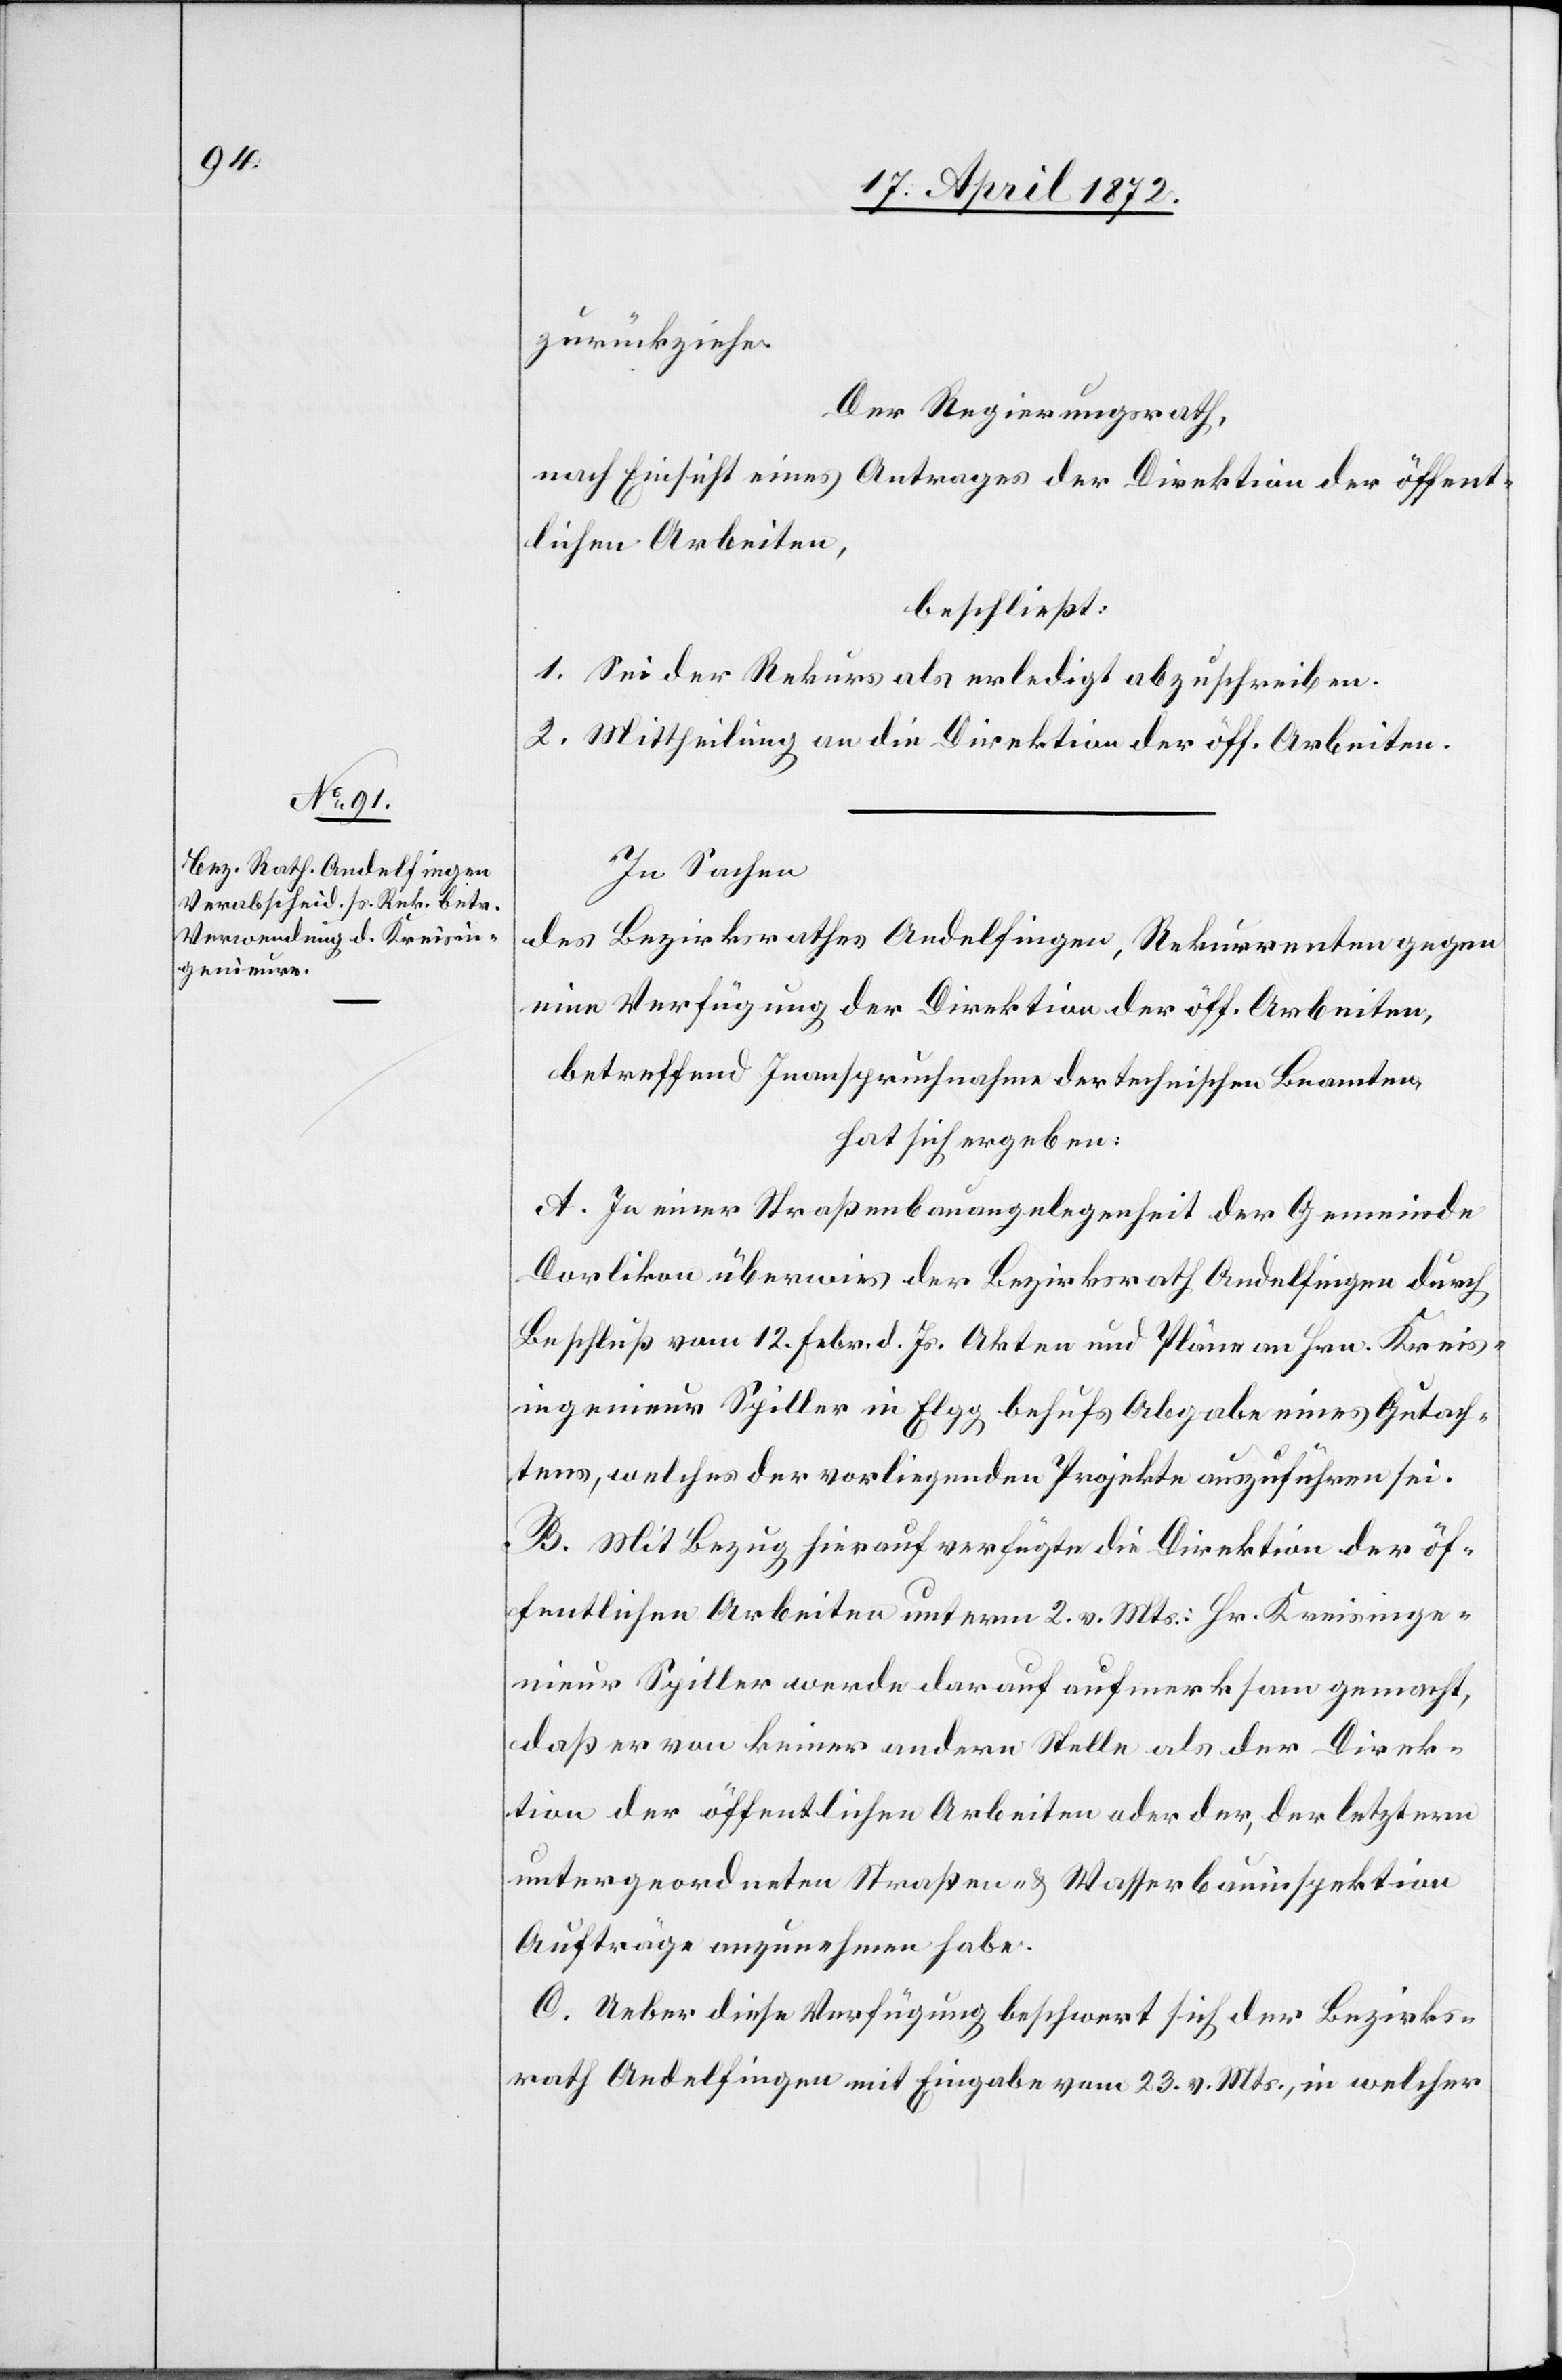
zurückziehe.
Der Regierungsrath,
nach Einsicht eines Antrages der Direktion der öffent¬
lichen Arbeiten,
beschließt:
1. Sei der Rekurs als erledigt abzuschreiben.
2. Mittheilung an die Direktion der öff. Arbeiten.
In Sachen
des Bezirksrathes Andelfingen, Rekurrenten gegen
eine Verfügung der Direktion der öff. Arbeiten,
betreffend Inanspruchnahme der technischen Beamten
hat sich ergeben:
A. In einer Straßenbauangelegenheit der Gemeinde
Dorlikon überwies der Bezirksrath Andelfingen durch
Beschluß vom 12. Febr. d. Js. Akten und Pläne an Hrn. Kreis¬
ingenieur Spiller in Elgg behufs Abgabe eines Gutach¬
tens, welches der vorliegenden Projekte auszuführen sei.
B. Mit Bezug hierauf verfügte die Direktion der öf¬
fentlichen Arbeiten unterm 2. v. Mts.: Hr. Kreisinge¬
nieur Spiller werde darauf aufmerksam gemacht,
daß er von keiner andern Stelle als der Direk¬
tion der öffentlichen Arbeiten oder der, der letztern
untergeordneten Straßen- u. Wasserbauinspektion
Aufträge anzunehmen habe.
C. Ueber diese Verfügung beschwert sich der Bezirks¬
rath Andelfingen mit Eingabe vom 23. v. Mts., in welcher